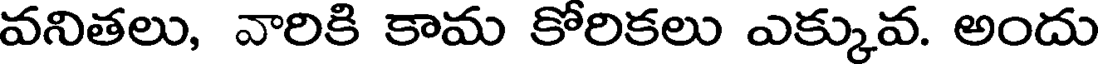
వనితలు, వారికి కామ కోరికలు ఎక్కువ. అందు